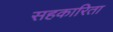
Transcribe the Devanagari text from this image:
सहकारिता